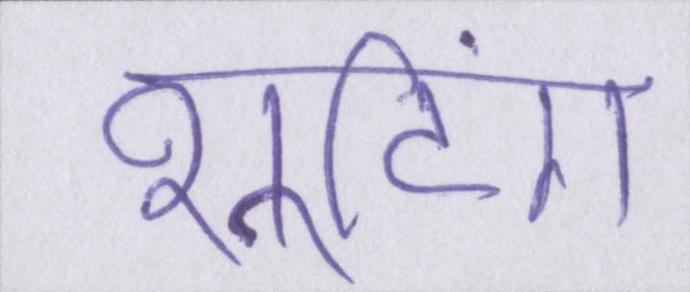
शूटिंग